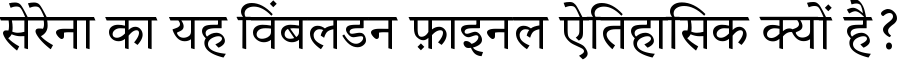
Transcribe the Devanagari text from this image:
सेरेना का यह विंबलडन फ़ाइनल ऐतिहासिक क्यों है?